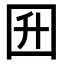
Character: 𡆼